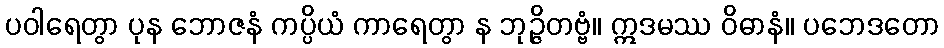
ပဝါရေတွာ ပုန ဘောဇနံ ကပ္ပိယံ ကာရေတွာ န ဘုဉ္ဇိတဗ္ဗံ။ ဣဒမဿ ဝိဓာနံ။ ပဘေဒတော